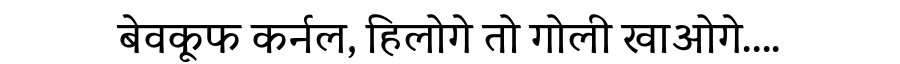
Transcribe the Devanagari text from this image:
बेवकूफ कर्नल, हिलोगे तो गोली खाओगे....